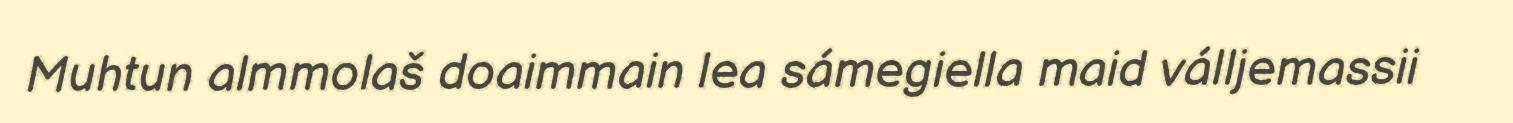
Muhtun almmolaš doaimmain lea sámegiella maid válljemassii